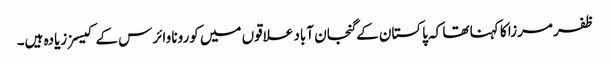
ظفر مرزا کا کہنا تھا کہ پاکستان کے گنجان آباد علاقوں میں کورونا وائرس کے کیسز زیادہ ہیں۔